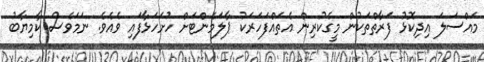
މައްސަލަ އިދިކޮޅު ފަރާތްތަކުން މީގެކުރިން އެތައްފަހަރަކު ޕާލަމެންޓަށް ހުށަހަޅާފައި ވެއެވެ. ނަމަވެސް ކާމިޔާބު